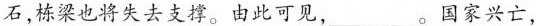
石，栋梁也将失去支撑。由此可见，___。国家兴亡，